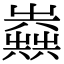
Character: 𡴪